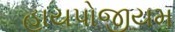
હાયપોજીયમ